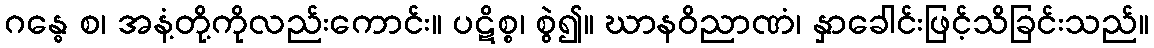
ဂန္ဓေ စ၊ အနံ့တို့ကိုလည်းကောင်း။ ပဋိစ္စ၊ စွဲ၍။ ဃာနဝိညာဏံ၊ နှာခေါင်းဖြင့်သိခြင်းသည်။